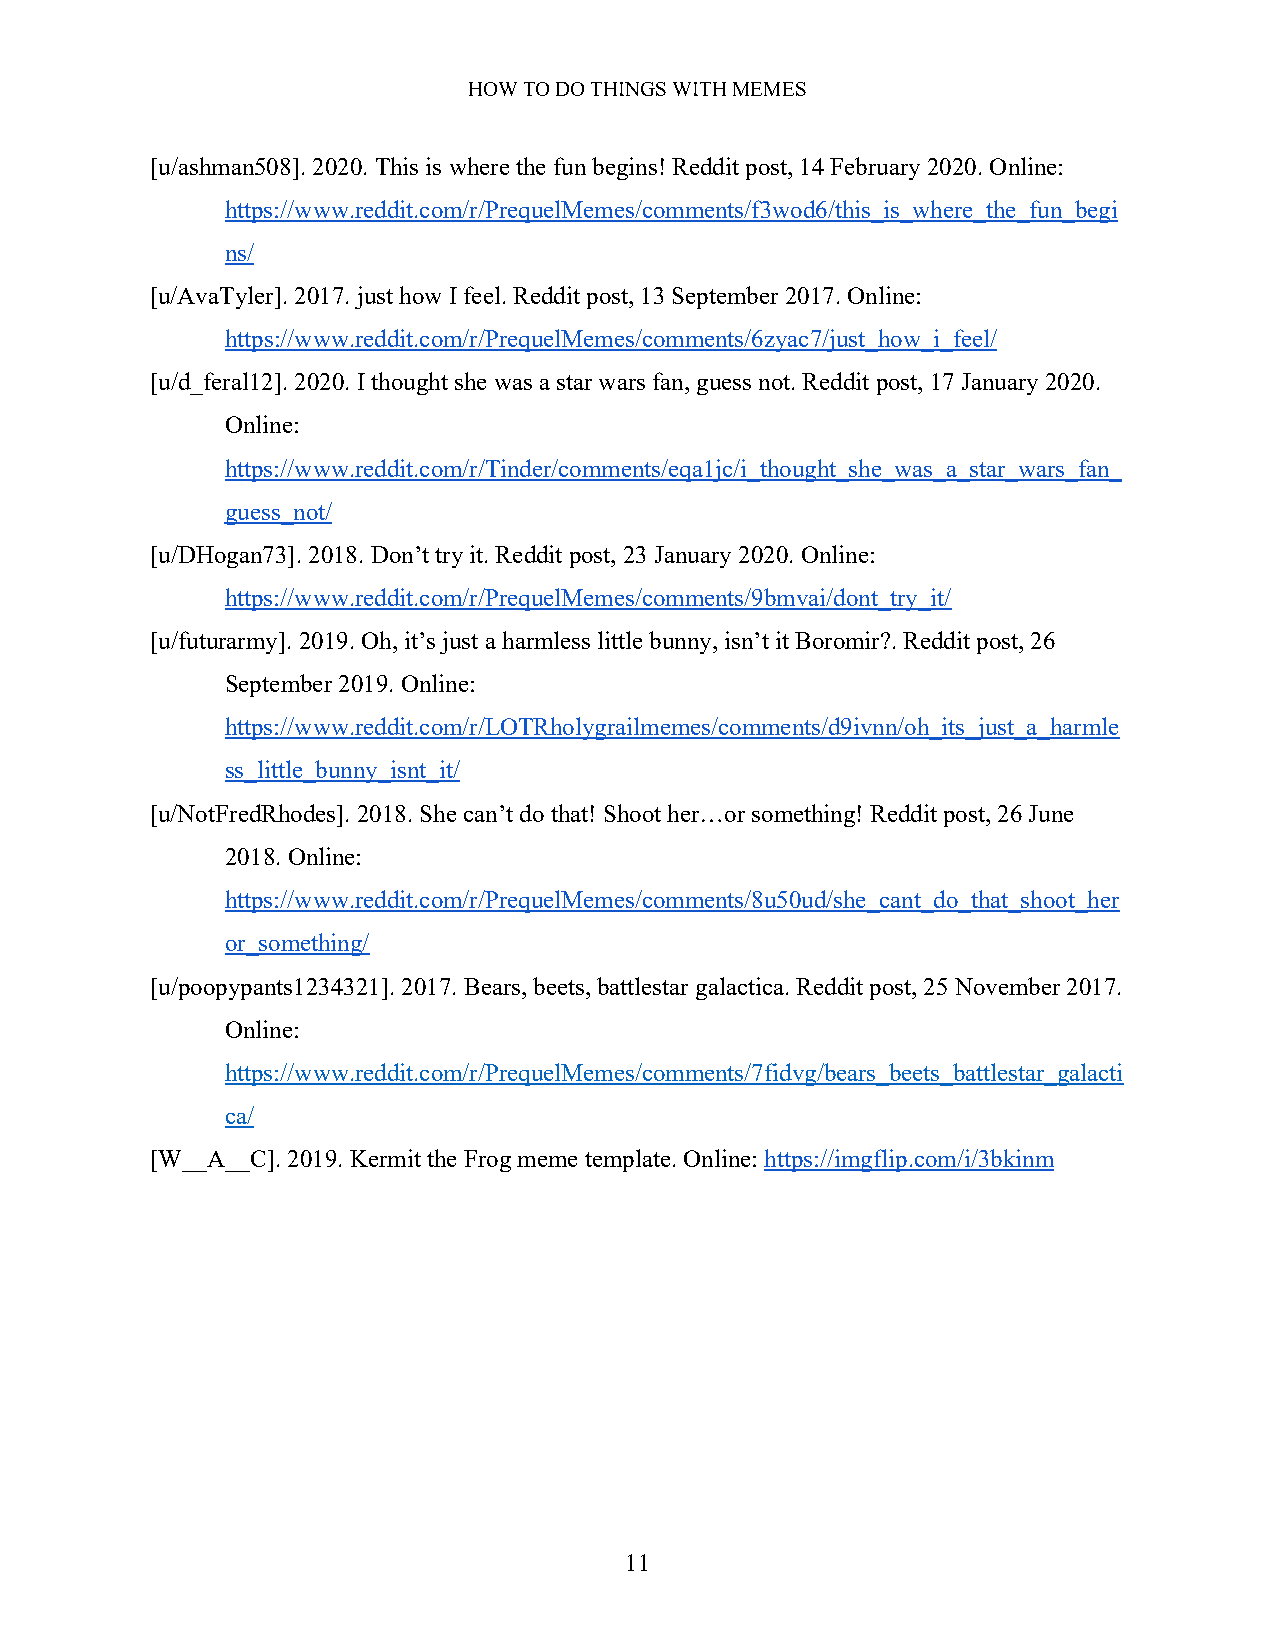
HOW TO DO THINGS WITH MEMES
 [u/ashman508]. 2020. This is where the fun begins! Reddit post, 14 February 2020. Online:
 https://www.reddit.com/r/PrequelMemes/comments/f3wod6/this_is_where_the_fun_begi
 ns/
 [u/AvaTyler]. 2017. just how I feel. Reddit post, 13 September 2017. Online:
 https://www.reddit.com/r/PrequelMemes/comments/6zyac7/just_how_i_feel/
 [u/d_feral12]. 2020. I thought she was a star wars fan, guess not. Reddit post, 17 January 2020.
 Online:
 https://www.reddit.com/r/Tinder/comments/eqa1jc/i_thought_she_was_a_star_wars_fan_
 guess_not/
 [u/DHogan73]. 2018. Don’t try it. Reddit post, 23 January 2020. Online:
 https://www.reddit.com/r/PrequelMemes/comments/9bmvai/dont_try_it/
 [u/futurarmy]. 2019. Oh, it’s just a harmless little bunny, isn’t it Boromir?. Reddit post, 26
 September 2019. Online:
 https://www.reddit.com/r/LOTRholygrailmemes/comments/d9ivnn/oh_its_just_a_harmle
 ss_little_bunny_isnt_it/
 [u/NotFredRhodes]. 2018. She can’t do that! Shoot her…or something! Reddit post, 26 June
 2018. Online:
 https://www.reddit.com/r/PrequelMemes/comments/8u50ud/she_cant_do_that_shoot_her
 or_something/
 [u/poopypants1234321]. 2017. Bears, beets, battlestar galactica. Reddit post, 25 November 2017.
 Online:
 https://www.reddit.com/r/PrequelMemes/comments/7fidvg/bears_beets_battlestar_galacti
 ca/
 [W__A__C]. 2019. Kermit the Frog meme template. Online: https://imgflip.com/i/3bkinm
 11